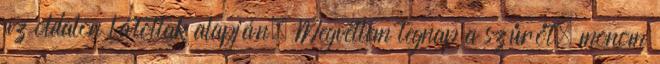
az oldalon látottak alapján. Megvettem tegnap a szűrőt, monom